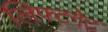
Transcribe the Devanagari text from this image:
लिफ्टगेट